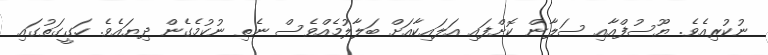
ނުކުރިއެވެ. ޔޫސުފްއާއި ސަލާން ކޮށްފައި އަލައިކާއަށް ބަލާލުމެއްވެސް ނެތި ނުކުމެގެން ދިޔައެވެ. ހަގީގަތުގައި